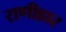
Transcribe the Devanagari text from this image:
राणीहार